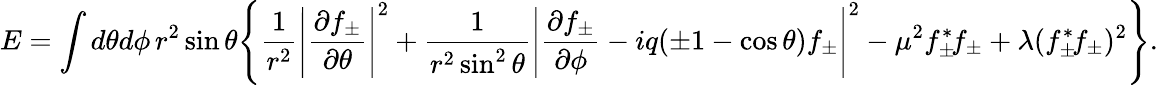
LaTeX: E=\int d\theta d\phi\, r^{2}\sin\theta\Bigg\{ \frac{1}{r^{2}}\Bigg|\frac{\partial f_{\pm}}{\partial\theta}\Bigg|^{2}+\frac{1}{r^{2}\sin^{2}\theta}\Bigg|\frac{\partial f_{\pm}}{\partial\phi}-iq(\pm 1-\cos\theta)f_{\pm}\Bigg|^{2}-\mu^{2}f_{\pm}^{*}\! f_{\pm}+\lambda(f_{\pm}^{*}\! f_{\pm})^{2}\Bigg\} .